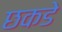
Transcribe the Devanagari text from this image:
छकडे